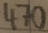
Text: 470